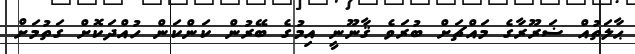
ޙާލަތުއް ޟަރޫރާގެ މައްޗަށް ބުރަވެ ޤާނޫނީ އިމުގެ ބޭރުން ކަންކަން ހުއްދަކޮށް ގަތުމަށް